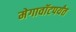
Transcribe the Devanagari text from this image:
मेगावॉटपर्यंत